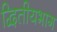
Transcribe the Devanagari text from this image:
द्वितीयभाग